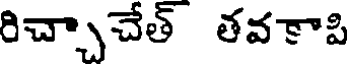
రిచ్చాచేత్ తవకాపి